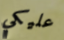
عليكي